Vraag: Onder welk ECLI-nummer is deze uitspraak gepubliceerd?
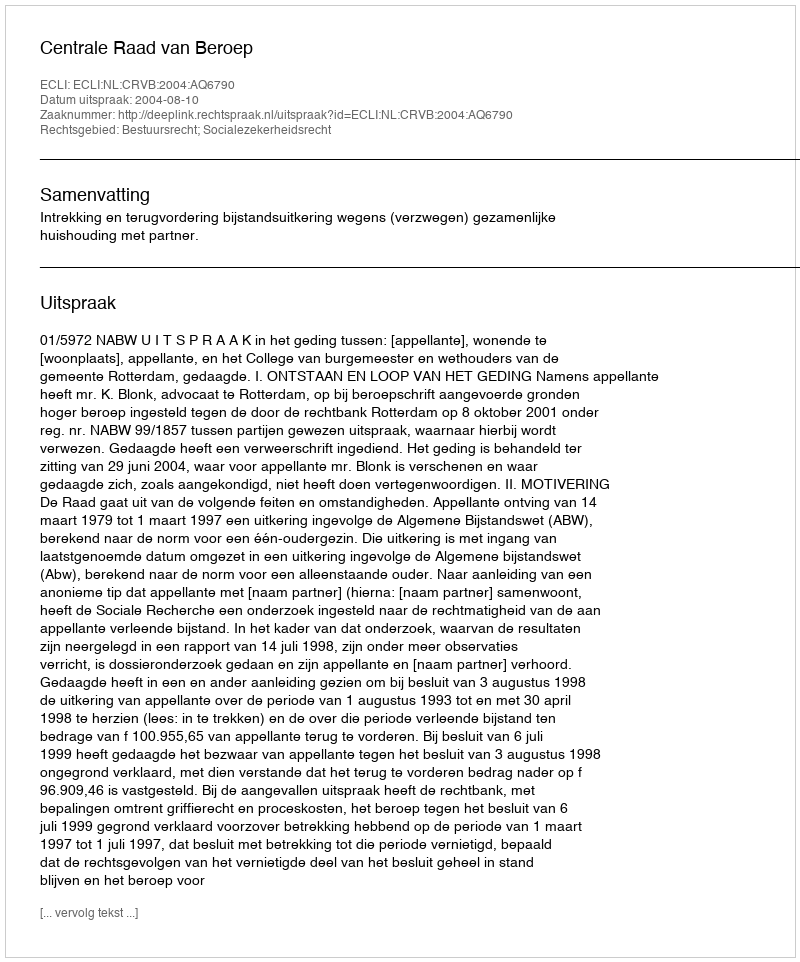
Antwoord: ECLI:NL:CRVB:2004:AQ6790